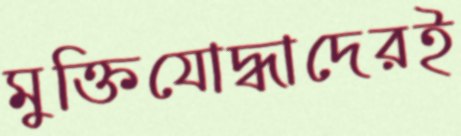
মুক্তিযোদ্ধাদেরই